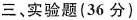
三、实验题(36分)